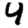
Digit: 4